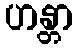
ဟန္တာ